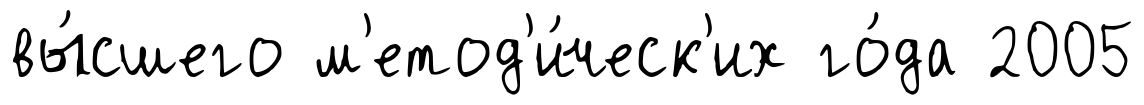
вы́сшего м'етод'и́ческ'их го́да 2005